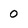
Character: 0